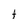
Character: t